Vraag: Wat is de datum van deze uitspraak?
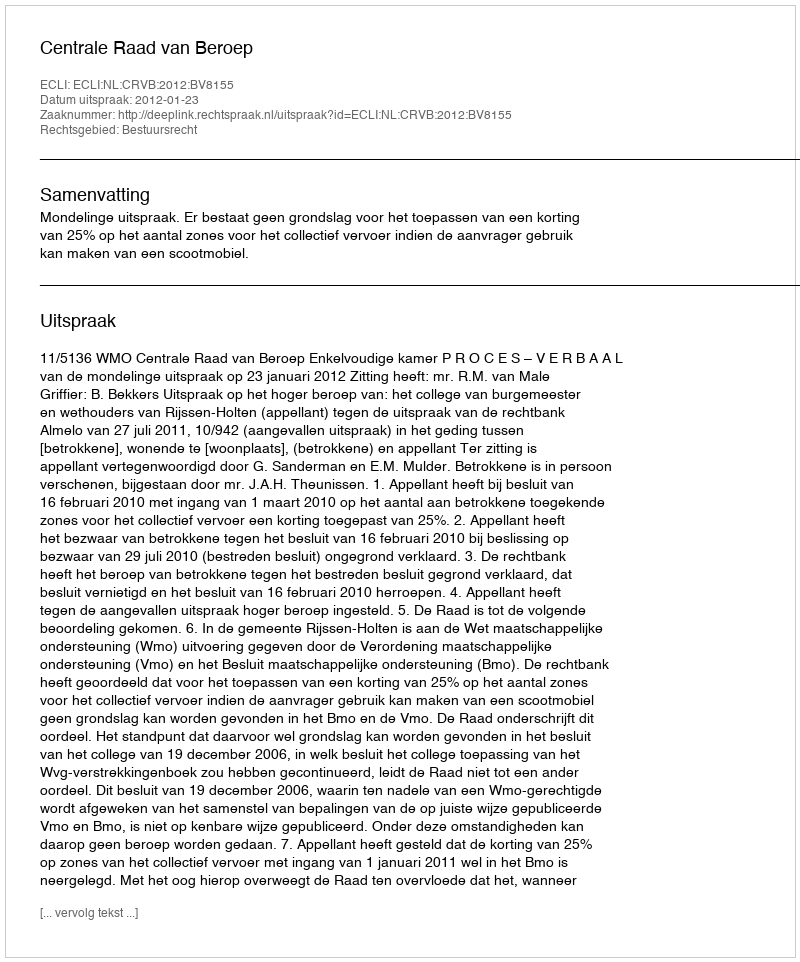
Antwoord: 2012-01-23